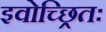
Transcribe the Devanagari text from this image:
इवोच्छ्रितः